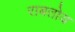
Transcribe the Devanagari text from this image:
राबतोय